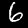
Digit: 6